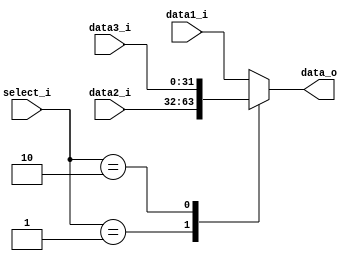
module MUX3(
	data1_i,
	data2_i,
	data3_i,
	select_i,
	data_o
);
input [31:0] data1_i;
input [31:0] data2_i;
input [31:0] data3_i;
input [1:0] select_i;
output reg [31:0] data_o;

always @(*) begin
	case(select_i)
		2'b00: data_o <= data1_i;
		2'b01: data_o <= data2_i;
		2'b10: data_o <= data3_i;
		default: data_o <= data1_i;
	endcase
end
endmodule